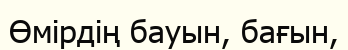
Өмірдің бауын, бағын,